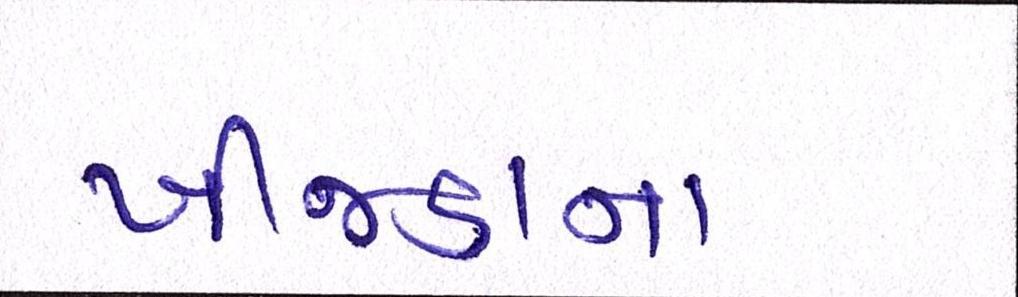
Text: ખીજડાના